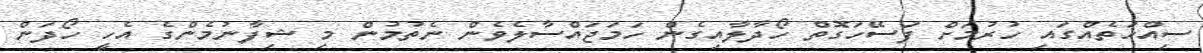
ސިއްހަތެއްގައި ހުރުމަށް ފަސޭހަގޮތް ހޯދާލާއިގެން ހަމަޖައްސާލެވެން ނެތުމުން މި ޝިފާނުމެންގެ އެހީ ހޯދަން